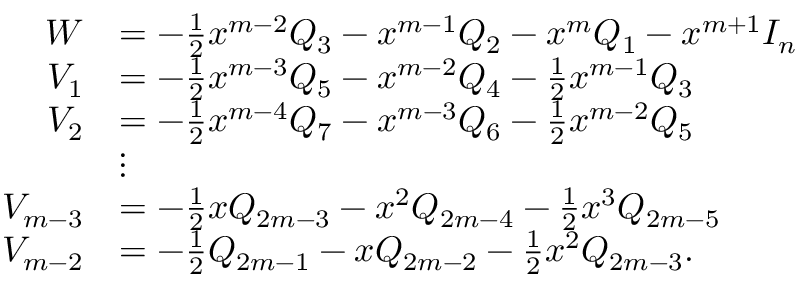
\begin{array} { r l } { W } & { = - \frac { 1 } { 2 } x ^ { m - 2 } Q _ { 3 } - x ^ { m - 1 } Q _ { 2 } - x ^ { m } Q _ { 1 } - x ^ { m + 1 } I _ { n } } \\ { V _ { 1 } } & { = - \frac { 1 } { 2 } x ^ { m - 3 } Q _ { 5 } - x ^ { m - 2 } Q _ { 4 } - \frac { 1 } { 2 } x ^ { m - 1 } Q _ { 3 } } \\ { V _ { 2 } } & { = - \frac { 1 } { 2 } x ^ { m - 4 } Q _ { 7 } - x ^ { m - 3 } Q _ { 6 } - \frac { 1 } { 2 } x ^ { m - 2 } Q _ { 5 } } \\ & { \vdots } \\ { V _ { m - 3 } } & { = - \frac { 1 } { 2 } x Q _ { 2 m - 3 } - x ^ { 2 } Q _ { 2 m - 4 } - \frac { 1 } { 2 } x ^ { 3 } Q _ { 2 m - 5 } } \\ { V _ { m - 2 } } & { = - \frac { 1 } { 2 } Q _ { 2 m - 1 } - x Q _ { 2 m - 2 } - \frac { 1 } { 2 } x ^ { 2 } Q _ { 2 m - 3 } . } \end{array}